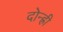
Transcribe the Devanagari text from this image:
दोन्ह्री